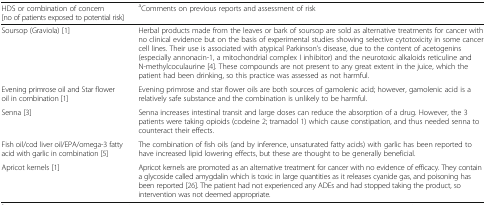
| HDS or combination of concern [no of patients exposed to potential risk] | aComments on previous reports and assessment of risk |
 | --- | --- |
 | Soursop (Graviola) [1] | Herbal products made from the leaves or bark of soursop are sold as alternative treatments for cancer with no clinical evidence but on the basis of experimental studies showing selective cytotoxicity in some cancer cell lines. Their use is associated with atypical Parkinson’s disease, due to the content of acetogenins (especially annonacin-1, a mitochondrial complex I inhibitor) and the neurotoxic alkaloids reticuline and N-methylcoculaurine [4]. These compounds are not present to any great extent in the juice, which the patient had been drinking, so this practice was assessed as not harmful. |
 | Evening primrose oil and Star flower oil in combination [1] | Evening primrose and star flower oils are both sources of gamolenic acid; however, gamolenic acid is a relatively safe substance and the combination is unlikely to be harmful. |
 | Senna [3] | Senna increases intestinal transit and large doses can reduce the absorption of a drug. However, the 3 patients were taking opioids (codeine 2; tramadol 1) which cause constipation, and thus needed senna to counteract their effects. |
 | Fish oil/cod liver oil/EPA/omega-3 fatty acid with garlic in combination [5] | The combination of fish oils (and by inference, unsaturated fatty acids) with garlic has been reported to have increased lipid lowering effects, but these are thought to be generally beneficial. |
 | Apricot kernels [1] | Apricot kernels are promoted as an alternative treatment for cancer with no evidence of efficacy. They contain a glycoside called amygdalin which is toxic in large quantities as it releases cyanide gas, and poisoning has been reported [26]. The patient had not experienced any ADEs and had stopped taking the product, so intervention was not deemed appropriate. |